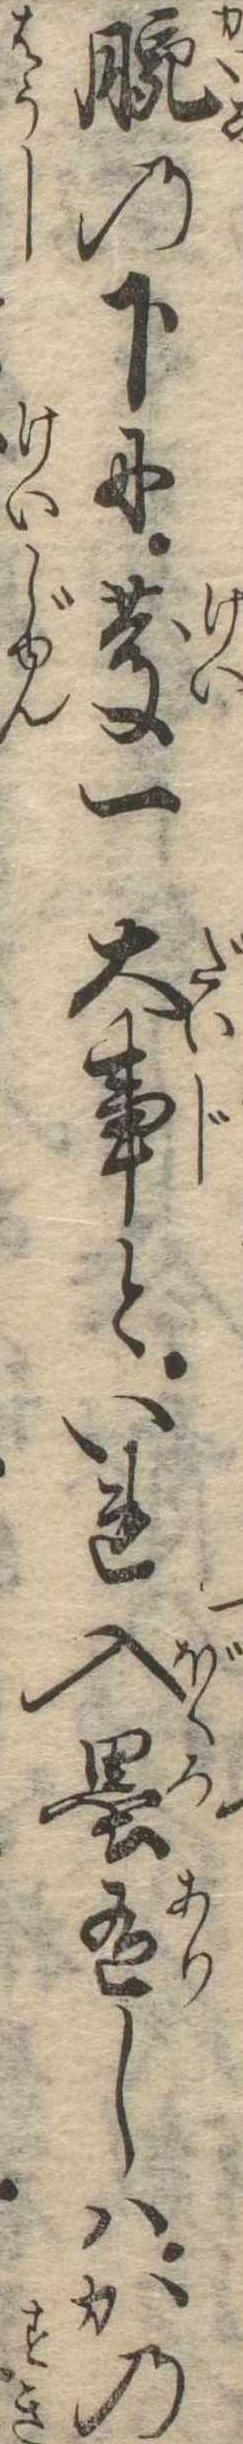
腕の下に慶一大事といれ入墨有しはかの